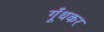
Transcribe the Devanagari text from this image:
गूँथकर